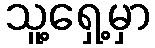
သူ့ရှေ့မှာ